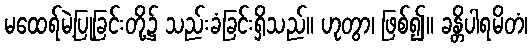
မထေရ်မဲ့ပြုခြင်းတို့၌ သည်းခံခြင်းရှိသည်။ ဟုတွာ၊ ဖြစ်၍။ ခန္တိပါရမိတံ၊